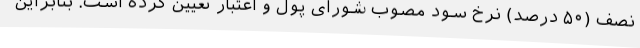
نصف (۵۰ درصد) نرخ سود مصوب شورای پول و اعتبار تعیین کرده است. بنابراین